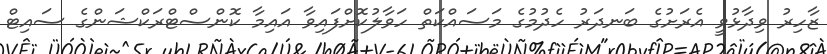
ޒާހިރު ވިދާޅުވީ އެރަށުގެ ބަނދަރު ހެދުމުގެ މަސައްކަތް ހަވާލުކޮށްފައިވާ އައިމާ ކޮންސްޓްރަކްޝަންގެ ސައިޓް